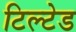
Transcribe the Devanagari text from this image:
टिल्‍टेड